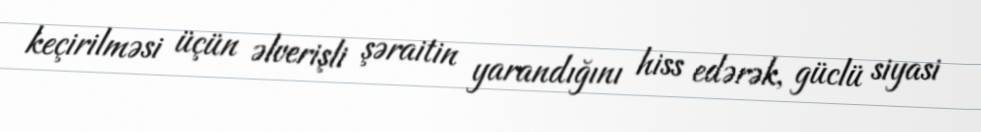
keçirilməsi üçün əlverişli şəraitin yarandığını hiss edərək, güclü siyasi